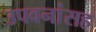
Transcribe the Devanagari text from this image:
उपवनांसह